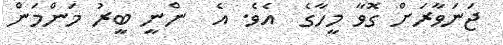
ޖަނަވާރަށް ގޮވާ މީހާގެ  އެވެ. އެ  ންނީ ބީރު މަންމަން